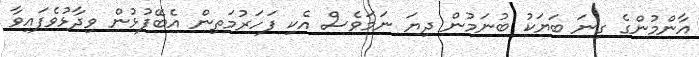
އާންމުންގެ ގިނަ ބަޔަކު ބުނަމުން ދިޔަ ނަމަވެސް އެކި ފަހަރުމަތިން އެބޭފުޅުން ވިދާޅުވެފައިވާ